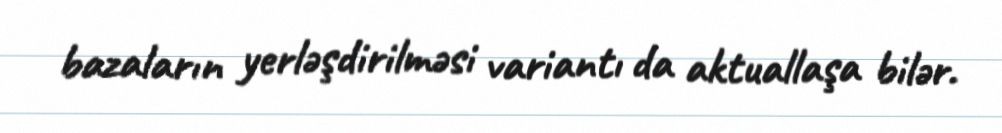
bazaların yerləşdirilməsi variantı da aktuallaşa bilər.